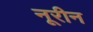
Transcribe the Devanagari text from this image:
नूरीन